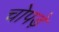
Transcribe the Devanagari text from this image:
चोपड़े